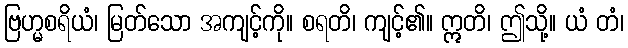
ဗြဟ္မစရိယံ၊ မြတ်သော အကျင့်ကို။ စရတိ၊ ကျင့်၏။ ဣတိ၊ ဤသို့။ ယံ တံ၊